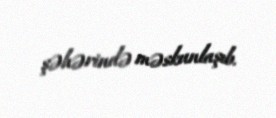
şəhərində məskunlaşıb.